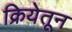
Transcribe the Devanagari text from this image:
क्रियेतून